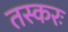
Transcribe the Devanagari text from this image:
तस्करः